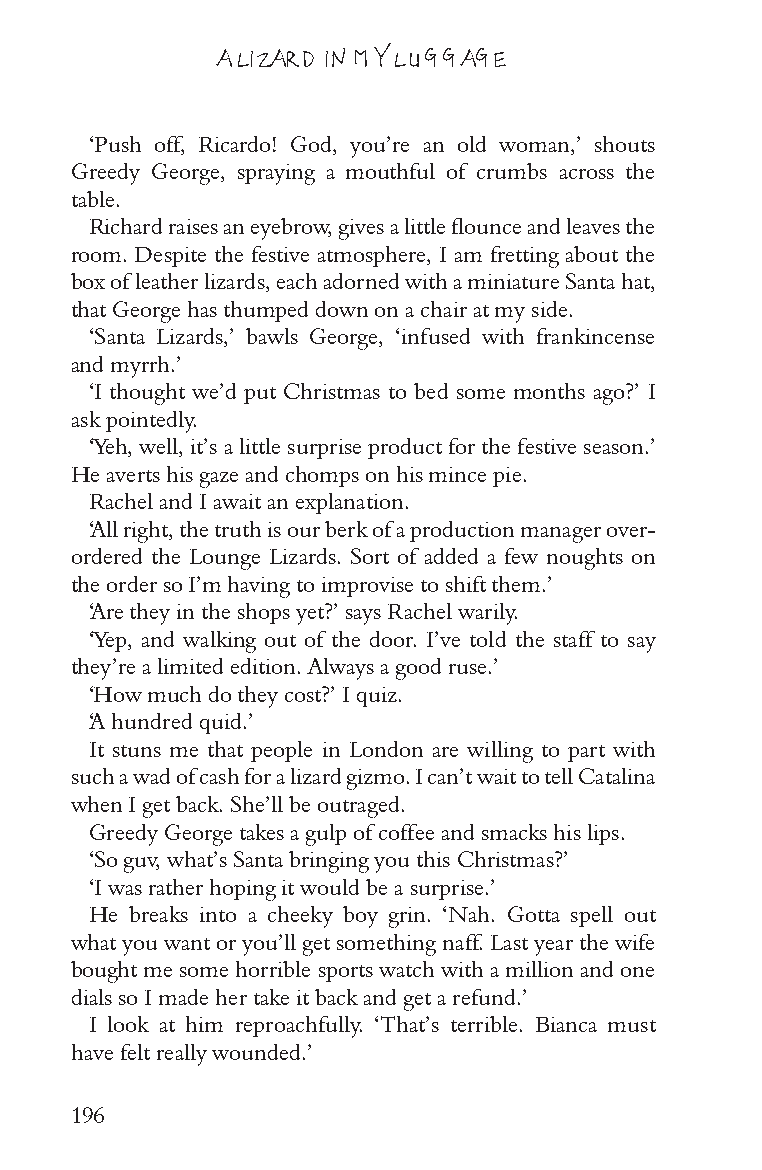
A LIZARD IN MY LUGGAGE
 ‘Push off, Ricardo! God, you’re an old woman,’ shouts
 Greedy George, spraying a mouthful of crumbs across the
 table.
 Richard raises an eyebrow, gives a little flounce and leaves the
 room. Despite the festive atmosphere, I am fretting about the
 box of leather lizards, each adorned with a miniature Santa hat,
 that George has thumped down on a chair at my side.
 ‘Santa Lizards,’ bawls George, ‘infused with frankincense
 and myrrh.’
 ‘I thought we’d put Christmas to bed some months ago?’ I
 ask pointedly.
 ‘Yeh, well, it’s a little surprise product for the festive season.’
 He averts his gaze and chomps on his mince pie.
 Rachel and I await an explanation.
 ‘All right, the truth is our berk of a production manager over-
 ordered the Lounge Lizards. Sort of added a few noughts on
 the order so I’m having to improvise to shift them.’
 ‘Are they in the shops yet?’ says Rachel warily.
 ‘Yep, and walking out of the door. I’ve told the staff to say
 they’re a limited edition. Always a good ruse.’
 ‘How much do they cost?’ I quiz.
 ‘A hundred quid.’
 It stuns me that people in London are willing to part with
 such a wad of cash for a lizard gizmo. I can’t wait to tell Catalina
 when I get back. She’ll be outraged.
 Greedy George takes a gulp of coffee and smacks his lips.
 ‘So guv, what’s Santa bringing you this Christmas?’
 ‘I was rather hoping it would be a surprise.’
 He breaks into a cheeky boy grin. ‘Nah. Gotta spell out
 what you want or you’ll get something naff. Last year the wife
 bought me some horrible sports watch with a million and one
 dials so I made her take it back and get a refund.’
 I look at him reproachfully. ‘That’s terrible. Bianca must
 have felt really wounded.’
 196